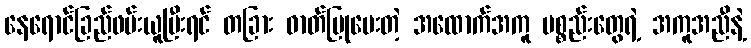
နေရောင်ခြည်ဖမ်းယူပြီးရင် တခြား ဓာတ်ပြုပေးတဲ့ အထောက်အကူ ပစ္စည်းတွေရဲ့ အကူအညီနဲ့